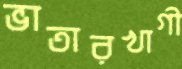
ভাতারখাগী